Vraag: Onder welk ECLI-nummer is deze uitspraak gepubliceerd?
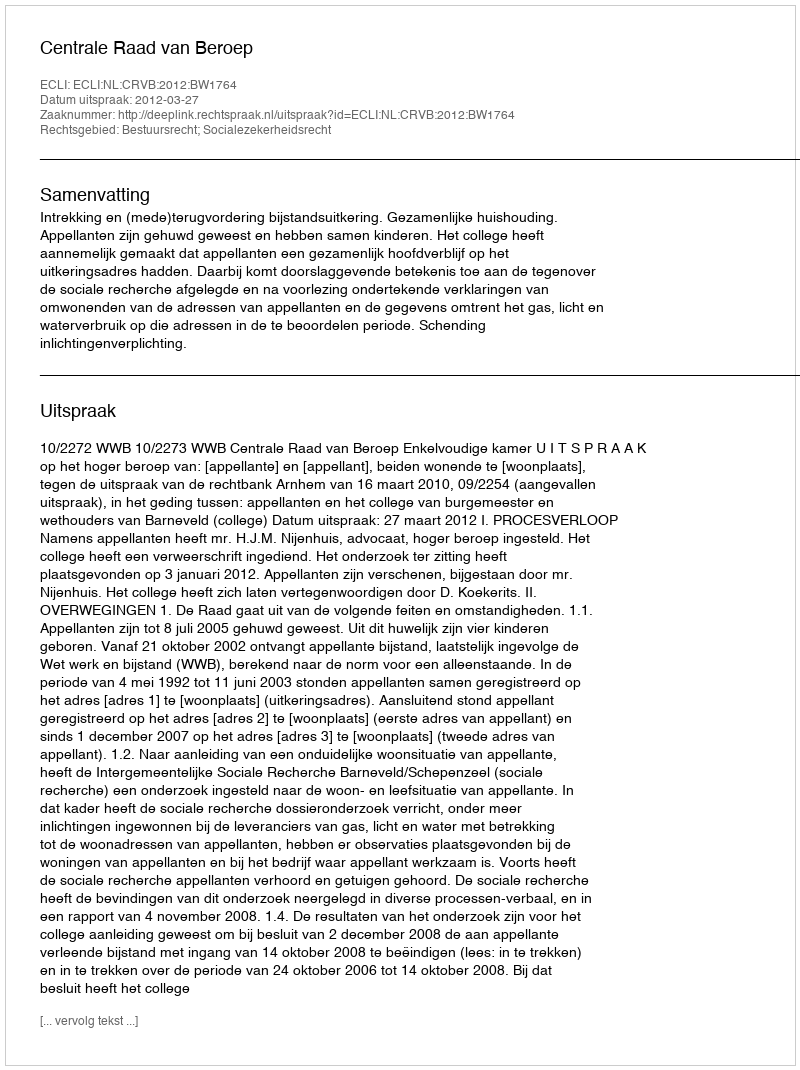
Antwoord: ECLI:NL:CRVB:2012:BW1764